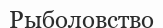
Рыболовство